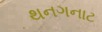
થનગનાટ